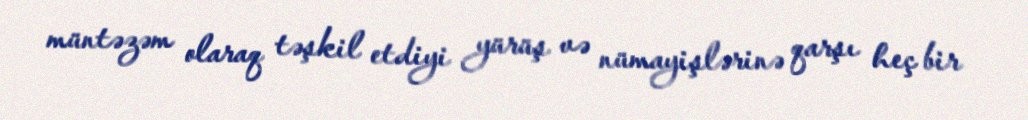
müntəzəm olaraq təşkil etdiyi yürüş və nümayişlərinə qarşı heç bir